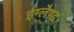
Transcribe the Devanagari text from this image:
ईंग्लैण्ड